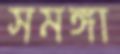
সমঙ্গা